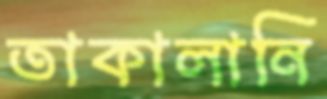
তাকালানি